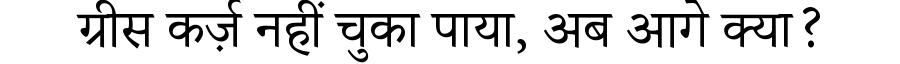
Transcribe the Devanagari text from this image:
ग्रीस कर्ज़ नहीं चुका पाया, अब आगे क्या?